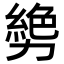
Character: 㔢